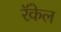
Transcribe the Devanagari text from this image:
रॅकेल